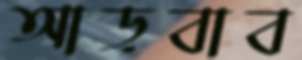
আড়বাব